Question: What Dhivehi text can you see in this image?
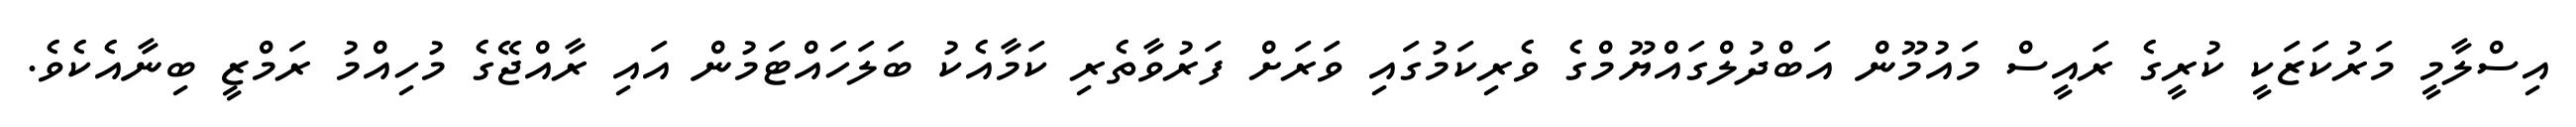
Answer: އިސްލާމީ މަރުކަޒަކީ ކުރީގެ ރައީސް މައުމޫން އަބްދުލްގައްޔޫމްގެ ވެރިކަމުގައި ވަރަށް ފަރުވާތެރި ކަމާއެކު ބަލަހައްޓަމުން އައި ރާއްޖޭގެ މުހިއްމު ރަމްޒީ ބިނާއެކެވެ.